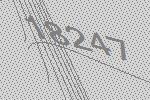
18247